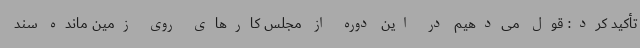
تأکید کرد: قول می‌دهیم در این دوره از مجلس کارهای روی زمین مانده سند